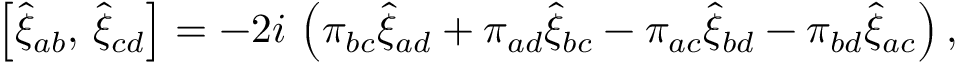
\left[ \hat { \xi } _ { a b } , \, \hat { \xi } _ { c d } \right] = - 2 i \, \left( \pi _ { b c } \hat { \xi } _ { a d } + \pi _ { a d } \hat { \xi } _ { b c } - \pi _ { a c } \hat { \xi } _ { b d } - \pi _ { b d } \hat { \xi } _ { a c } \right) ,